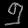
Digit: ၅